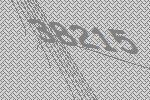
38215